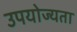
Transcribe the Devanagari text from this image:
उपयोज्यता